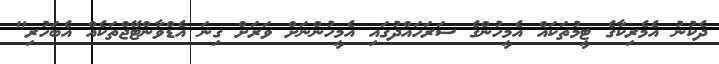
ދެކުނު އެމެރިކާގެ ޓީމުތަކައް އެމީހުންގެ ސަރަހައްދުގައި އެމީހުންނަށް ވަރަށް ގިނަ އެޑްވާންޓޭޖްތަކެއް އެބަހުރި"